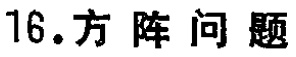
16.方阵问题